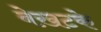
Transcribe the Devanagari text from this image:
बेख़टके